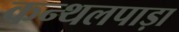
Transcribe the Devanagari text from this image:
कन्थलपाड़ा